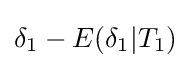
\delta _{1}-E(\delta _{1}|T_{1})